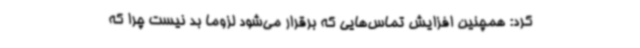
کرد: همچنین افزایش تماس‌هایی که برقرار می‌شود لزوما بد نیست چرا که